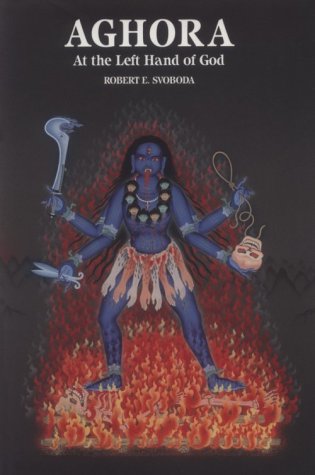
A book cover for Aghora: At the Left Hand of God; Robert E. Svoboda; Religion & Spirituality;